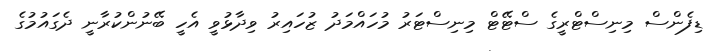
ޑިފެންސް މިނިސްޓްރީގެ ސްޓޭޓް މިނިސްޓަރު މުހައްމަދު ޒުހައިރު ވިދާޅުވީ އެހީ ބޭނުންކުރާނީ ދެގައުމުގެ